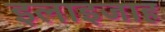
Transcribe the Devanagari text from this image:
इलाइजाह